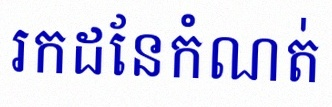
រកដែនកំណត់